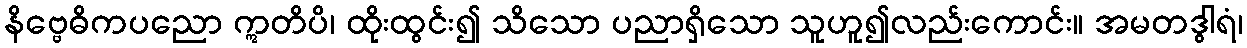
နိဗ္ဗေဓိကပညော ဣတိပိ၊ ထိုးထွင်း၍ သိသော ပညာရှိသော သူဟူ၍လည်းကောင်း။ အမတဒွါရံ၊